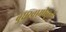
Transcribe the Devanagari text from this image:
बुधस्वामीकृत